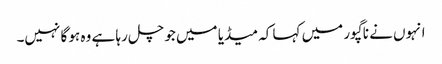
انہوں نے ناگپور میں کہا کہ میڈیا میں جو چل رہا ہے وہ ہو گا نہیں۔